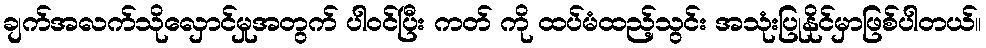
ချက်အလက်သိုလှောင်မှုအတွက် ပါဝင်ပြီး ကတ် ကို ထပ်မံထည့်သွင်း အသုံးပြုနိုင်မှာဖြစ်ပါတယ်။